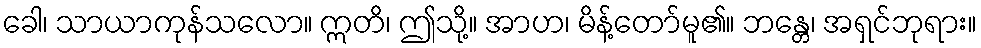
ခေါ၊ သာယာကုန်သလော။ ဣတိ၊ ဤသို့။ အာဟ၊ မိန့်တော်မူ၏။ ဘန္တေ၊ အရှင်ဘုရား။